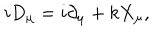
LaTeX: i D _ { \mu } = i \partial _ { \mu } + k X _ { \mu } ,